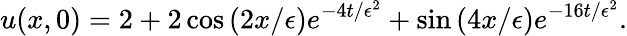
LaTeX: u(x,0)=2+2\cos\left(2x/\epsilon\right)e^{-4t/\epsilon^{2}}+\sin\left(4x/\epsilon\right)e^{-16t/\epsilon^{2}}.